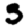
Digit: 3